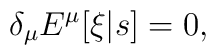
\delta_\mu E^\mu[\xi|s] = 0,